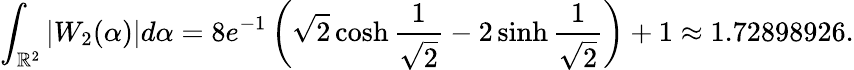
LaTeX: \int_{\mathbb{R}^{2}}|W_{2}(\alpha)|d\alpha=8e^{-1}\left(\sqrt{2}\cosh\frac{1}{\sqrt{2}}-2\sinh\frac{1}{\sqrt{2}}\right)+1\approx 1.72898926.